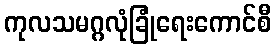
ကုလသမဂ္ဂလုံခြုံရေးကောင်စီ